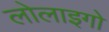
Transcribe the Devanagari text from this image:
लोलाइगो